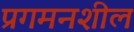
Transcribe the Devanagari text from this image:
प्रगमनशील